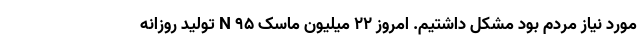
مورد نیاز مردم بود مشکل داشتیم. امروز ۲۲ میلیون ماسک N ۹۵ تولید روزانه